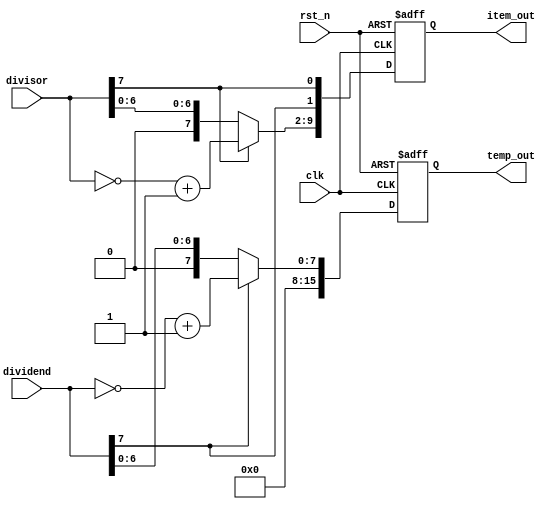
///////////////////////////////////////////////
//
//8bit
//:8bit -> m=7 -> 8
//
//:
//temp
//
//
///////////////////////////////////////////////

module initial_module(
    clk,
    rst_n,
    dividend,
    divisor,
    temp_out,
    item_out
    );
    
    input clk;
    input rst_n;
    
    input [7:0]dividend;
    input [7:0]divisor;
    
    output [15:0]temp_out;
    output [9:0]item_out; //bit[1] bit[0] bit[9:2]
    
    
    /***************************/
    
    reg [15:0]temp;
    reg [9:0]item;
    
    always @(posedge clk or negedge rst_n) begin
        if (!rst_n) begin
            temp <= 16'd0;
            item <= 10'd0;
        end
        else begin
            temp <= dividend[7] ? {8'd0, (~dividend+1'b1)} : {8'd0, dividend};
            
            // item[9:8] <= {dividend[7], divisor[7]};
            // item[7:0] <= divisor[7] ? (~divisor+1'b1) : divisor; //item[9:8]
            
            item[1:0] <= {dividend[7], divisor[7]};
            item[9:2] <= divisor[7] ? (~divisor+1'b1) : divisor;
        end
    end
    
    assign temp_out = temp;
    assign item_out = item;
    
endmodule